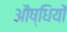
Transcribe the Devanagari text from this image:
औष्धियों